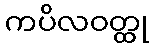
ကပိလဝတ္ထု